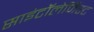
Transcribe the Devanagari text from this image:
साइंटॉलेजिस्ट